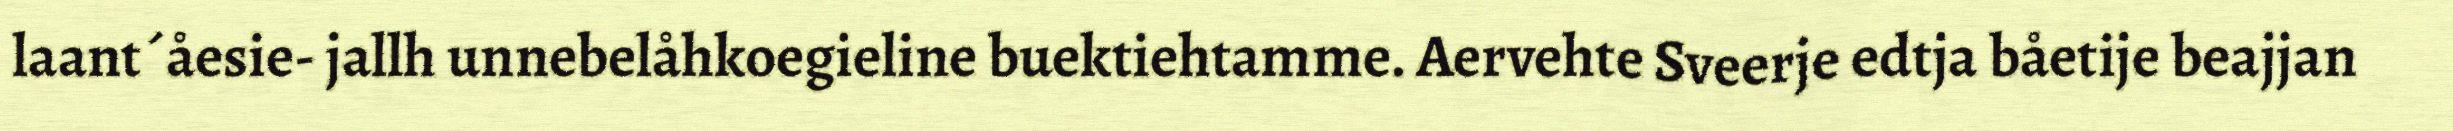
laant´åesie- jallh unnebelåhkoegieline buektiehtamme. Aervehte Sveerje edtja båetije beajjan